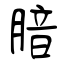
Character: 腤